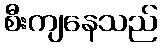
စီးကျနေသည်